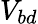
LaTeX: V_{bd}